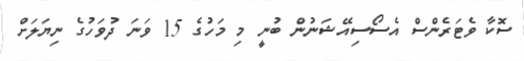
ސޮކާ ވެޓަރެންސް އެސޯސިއޭޝަނުން ބުނީ މި މަހުގެ 15 ވަނަ ދުވަހުގެ ނިޔަލަށް